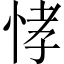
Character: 𭜸